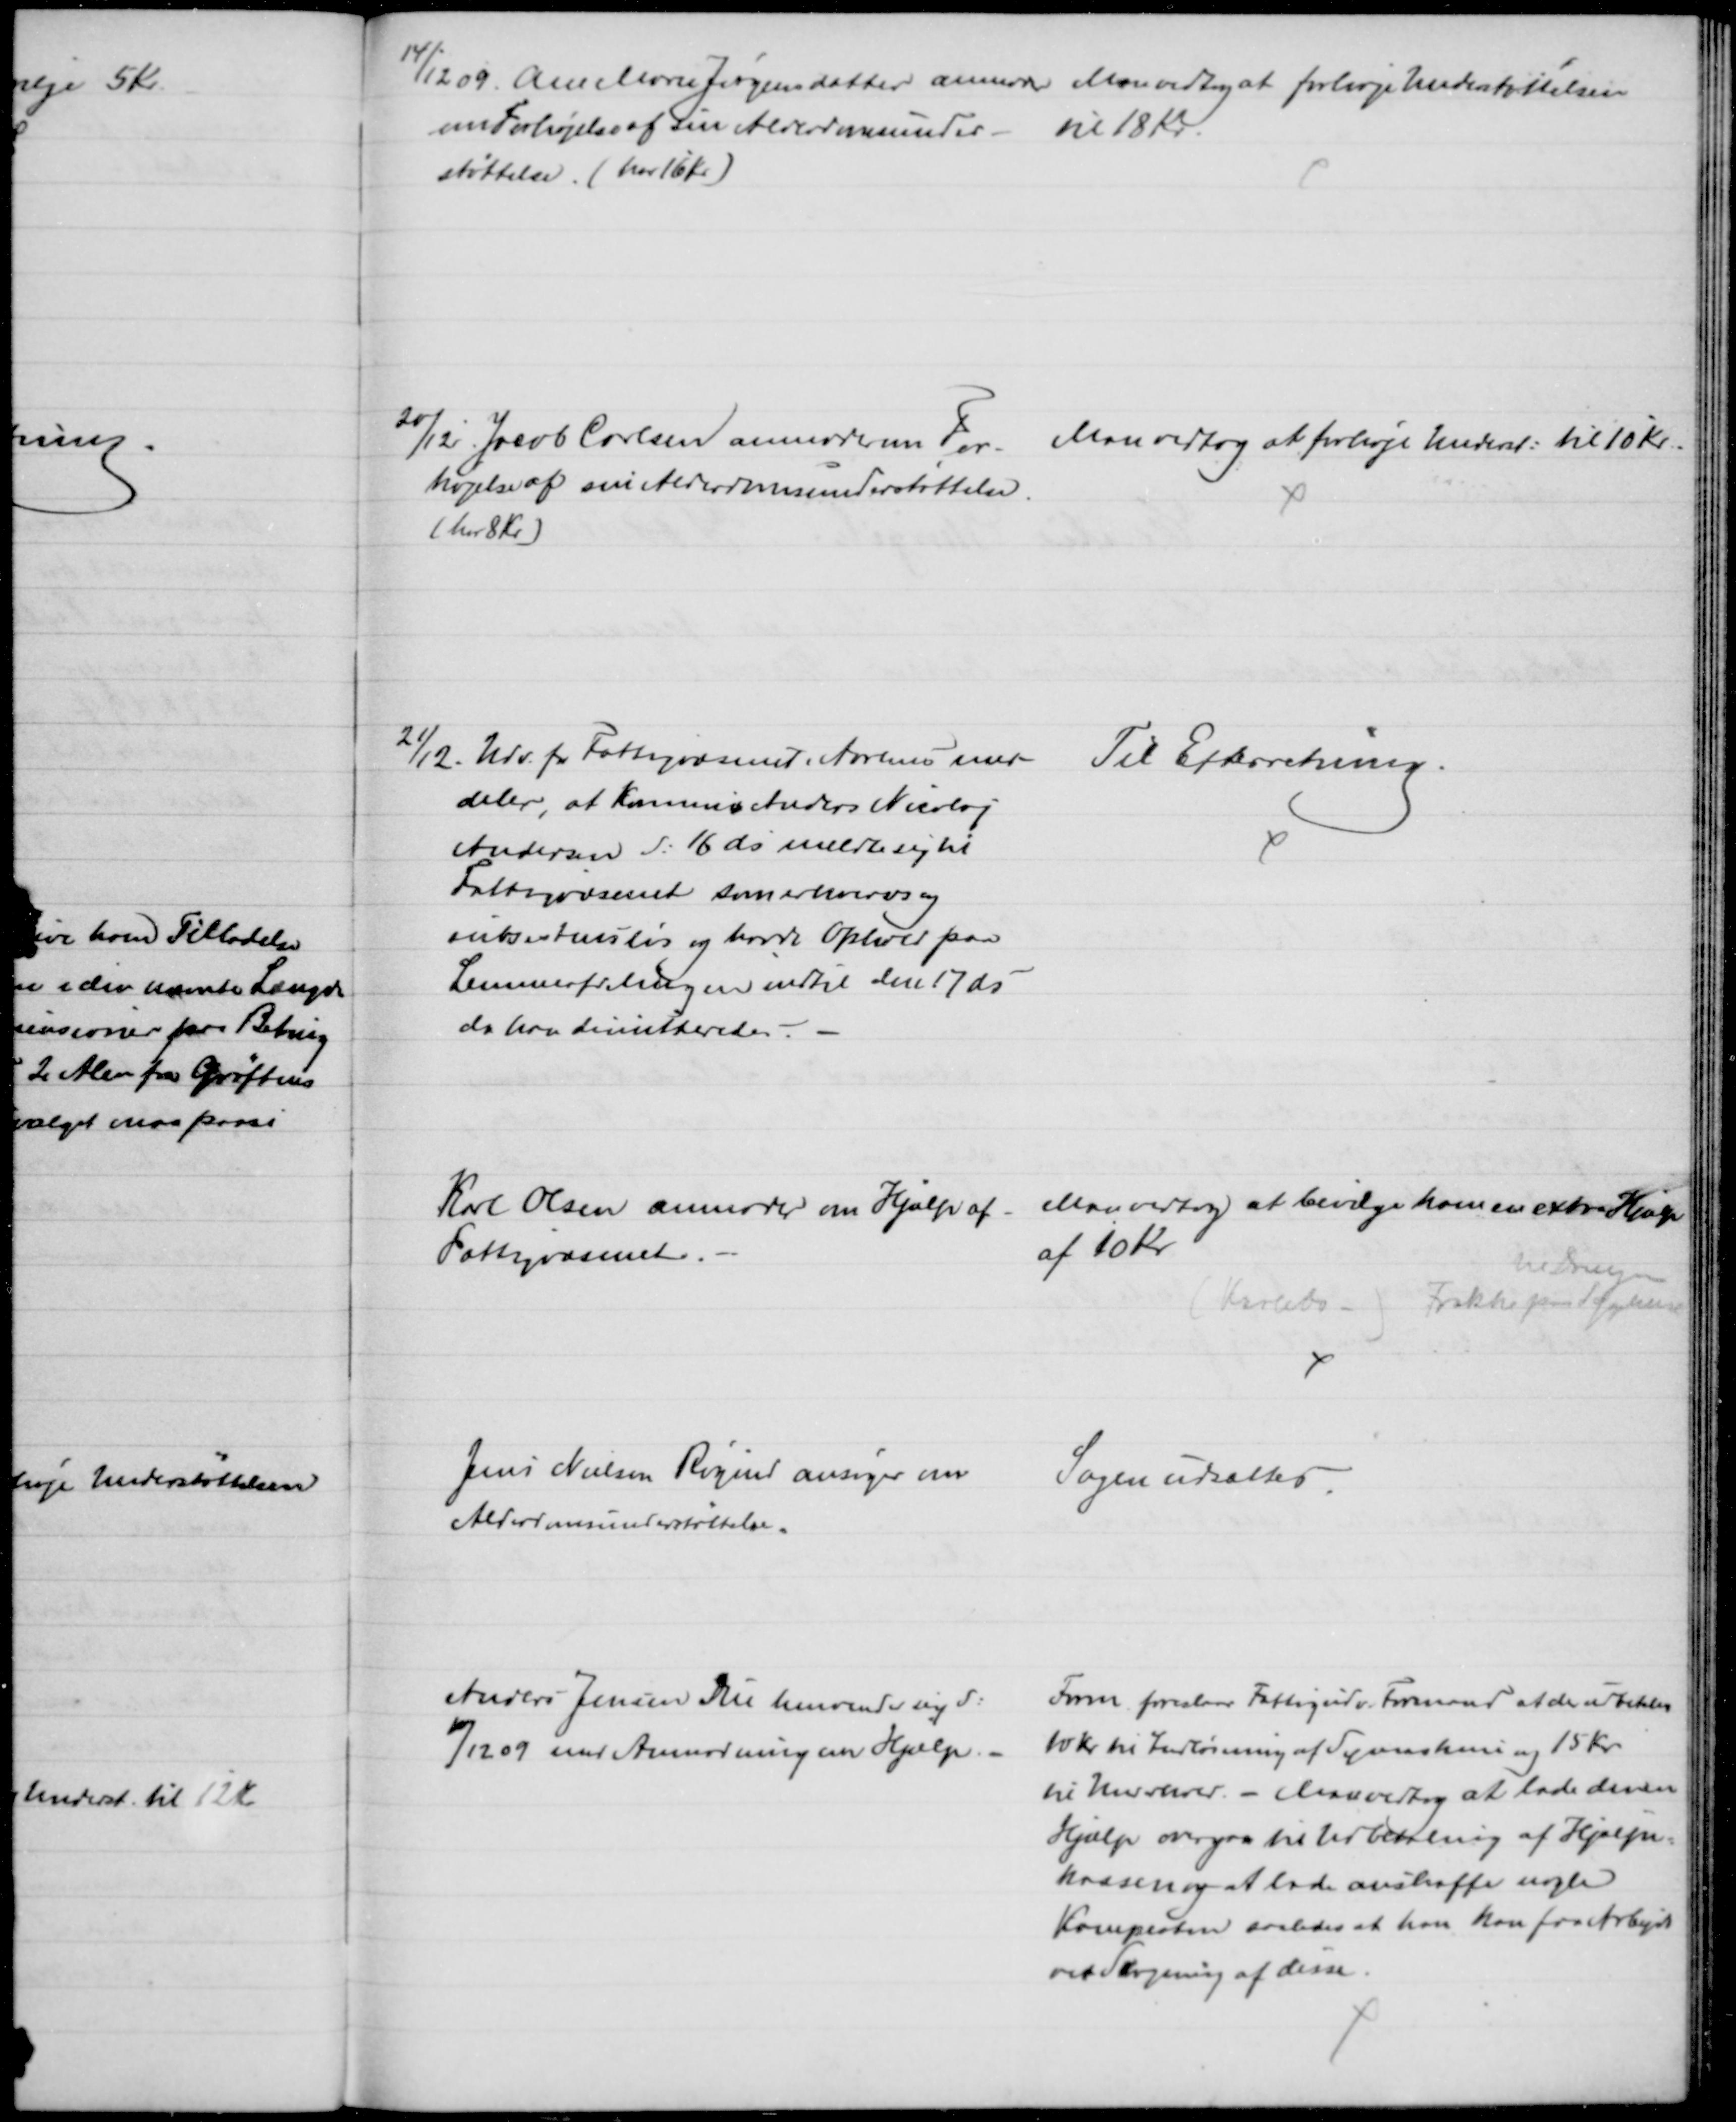
Transskription:
14/12 09. Ane Marie Jørgensdatter anmoder 
om Forhøjelse af sin Alderdomsunder- 
støttelse. (har 16 Kr)
Man vedtog at forhøje Understøttelsen
til 18 Kr.
20/12. Jacob Carlsen anmoder om For-
højelse af sin Alderdomsunderstøttelse.
( har 8 Kr.)
Man vedtog at forhøje Underst: til 10 Kr.
21/12. Udv. for Fattigvæsenet i Aarhus med-
deler, at Kommis Anders Nicolaj
Andersen d: 16 ds meldte sig til
Fattigvæsenet som erhvervs og 
subsistensløs og havde Ophold paa
Lemmeafdelingen indtil den 17 ds
da han dimitteredes.
Til Efterretning.
Karl Olsen anmoder om Hjælp af
Fattigvæsenet.
Man vedtog at bevilge ham en extra Hjælp
af 10 Kr.
til Drengen
(Karlebo -) Frakke paa Sygehus
Jens Nielsen Røgind ansøger om
Alderdomsunderstøttelse.
Sagen udsættes.
Anders Jensen Due henvender sig d:
10/12 09 med Anmodning om Hjælp
Form foreslaar Fattigudv. Formand at der udbetales
10 Kr til Indløsning af Symaskine og 15 Kr.
til Uldvarer. - Man vedtog at lade denne
Hjælp overgaa til Udbetaling af Hjælpe=
kassen og at lade anskaffe nogen
Kampesten saaledes at han kan faa Arbejde
ved Slagning af disse.